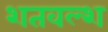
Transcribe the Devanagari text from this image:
शतवल्श